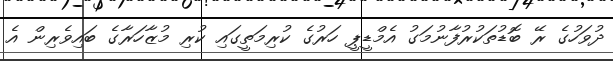
ދުވަހުގެ ރޭ ބޮޑުތަކުރުފާނުމަގު އެމްޑީޕީ ހަރުގެ ކުރިމަތީގައި ކުރި މުޒާހަރާގެ ބައިވެރިން އެ